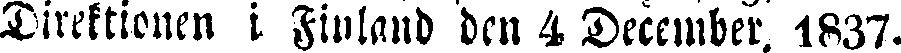
Direktionen i Finland den 4 December, 1837.